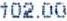
102.00